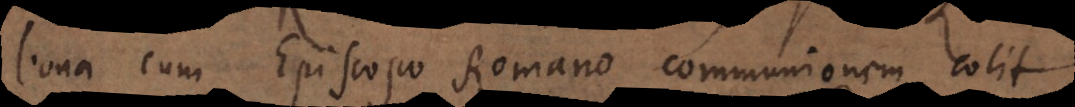
bona cum Episcopo Romano communionem colit.